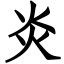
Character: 炎